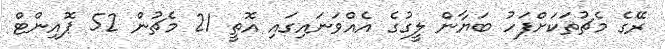
ރޭގެ މެޗުތަކަށްފަހު ބަޔާން ލީގުގެ އެއްވަނައިގައި އޮތީ 21 މެޗުން 52 ޕޮއިންޓް